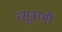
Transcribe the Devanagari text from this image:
त्सूनामी